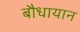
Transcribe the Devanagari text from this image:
बौधायान